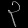
Digit: ၃